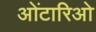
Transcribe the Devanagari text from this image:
ओंटारिओ